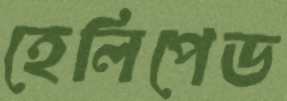
হেলিপেড